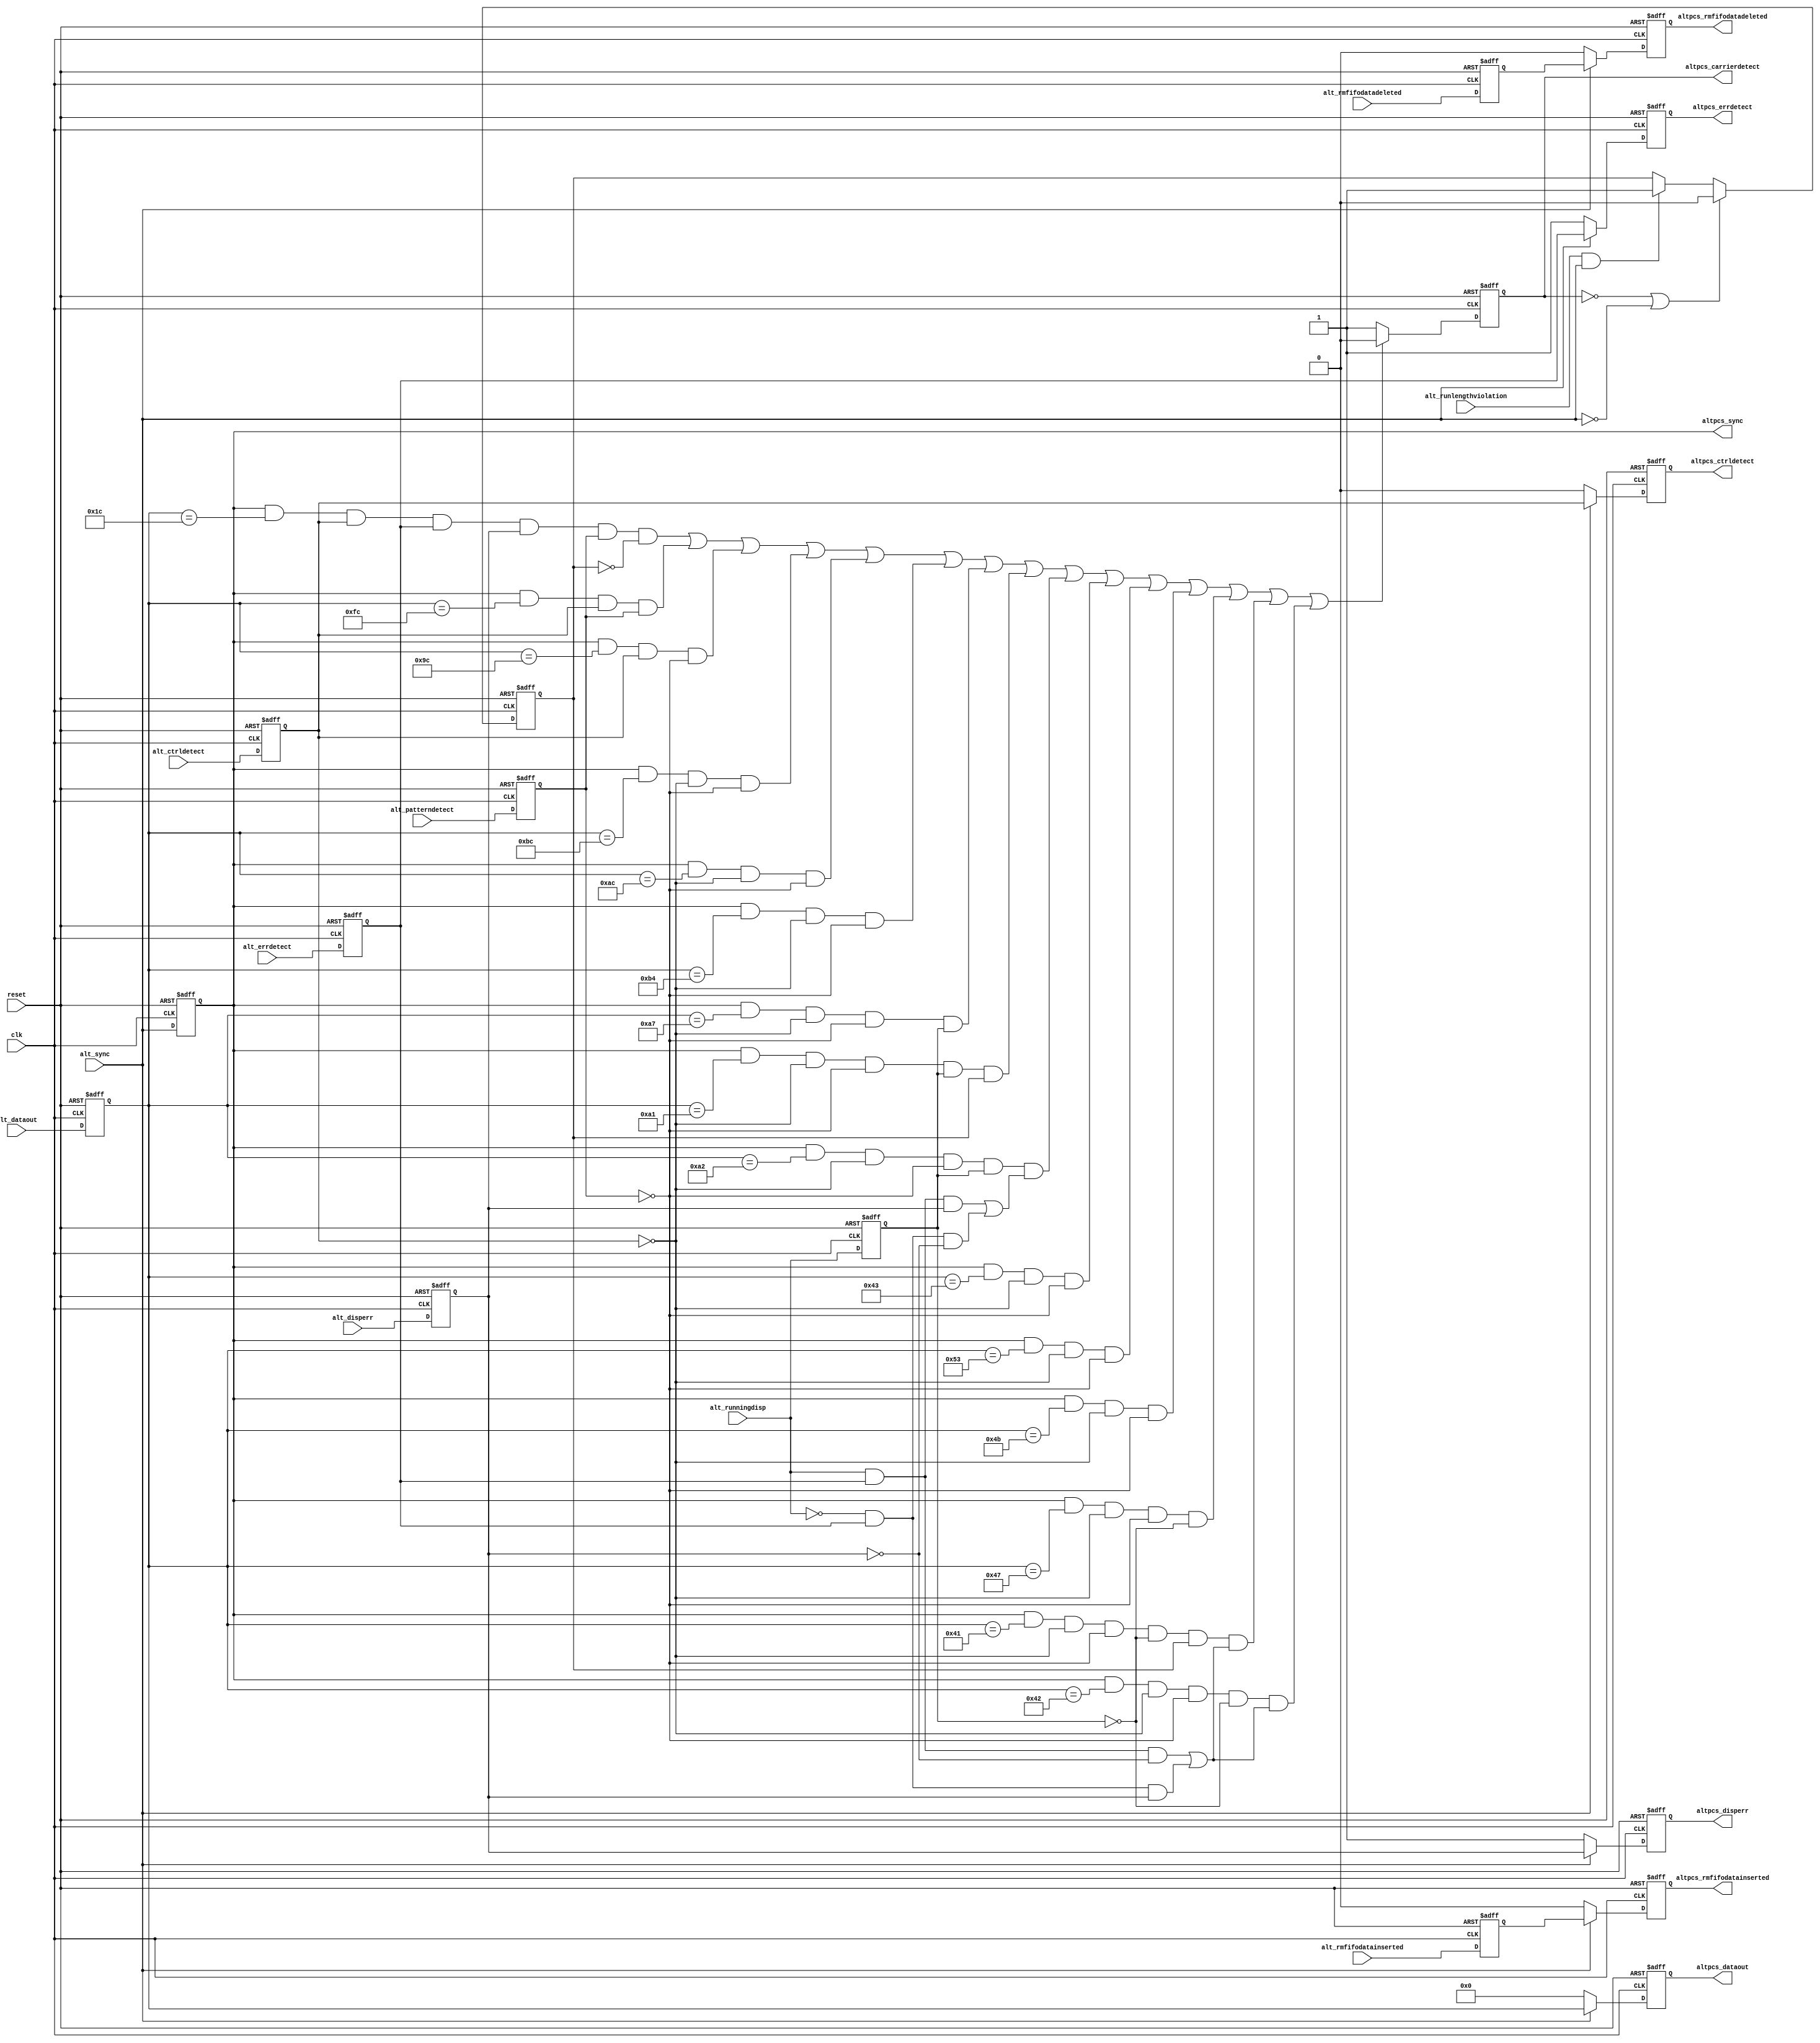
// -------------------------------------------------------------------------
// -------------------------------------------------------------------------
//
// Revision Control Information
//
// $RCSfile: altera_tse_alt2gxb_aligned_rxsync.v,v $
// $Source: /ipbu/cvs/sio/projects/TriSpeedEthernet/src/RTL/strxii_pcs/verilog/altera_tse_alt2gxb_aligned_rxsync.v,v $
//
// $Revision: #2 $
// $Date: 2010/05/26 $
// Check in by : $Author: aishak $
//
// Project     : Triple Speed Ethernet - 1000 BASE-X PCS
//
// Description : 
//
// RX_SYNC alignment for Alt2gxb, Alt4gxb

// 
// ALTERA Confidential and Proprietary
// Copyright 2007 (c) Altera Corporation
// All rights reserved
//
// -------------------------------------------------------------------------
// -------------------------------------------------------------------------

module altera_tse_gxb_aligned_rxsync (

  input clk,
  input reset,

  input [7:0] alt_dataout,
  input alt_sync,
  input alt_disperr,
  input alt_ctrldetect,
  input alt_errdetect,
  input alt_rmfifodatadeleted,
  input alt_rmfifodatainserted,
  input alt_runlengthviolation,
  input alt_patterndetect,
  input alt_runningdisp,

  output reg [7:0] altpcs_dataout,
  output altpcs_sync,
  output reg altpcs_disperr,
  output reg altpcs_ctrldetect,
  output reg altpcs_errdetect,
  output reg altpcs_rmfifodatadeleted,
  output reg altpcs_rmfifodatainserted,
  output reg altpcs_carrierdetect) ;
  parameter DEVICE_FAMILY         = "ARRIAGX";    //  The device family the the core is targetted for. 

  //-------------------------------------------------------------------------------
  // intermediate wires


  //reg altpcs_dataout

  // pipelined 1
  reg [7:0] alt_dataout_reg1;
  reg alt_sync_reg1;
  reg alt_sync_reg2;
  reg alt_disperr_reg1;
  reg alt_ctrldetect_reg1;
  reg alt_errdetect_reg1;
  reg alt_rmfifodatadeleted_reg1;
  reg alt_rmfifodatainserted_reg1;
  reg alt_patterndetect_reg1;
  reg alt_runningdisp_reg1;
  reg alt_runlengthviolation_latched;
  //-------------------------------------------------------------------------------


  always @(posedge reset or posedge clk)
    begin
        if (reset == 1'b1)
            begin
                // pipelined 1
                alt_dataout_reg1            <= 8'h0;
                alt_sync_reg1               <= 1'b0;
                alt_disperr_reg1            <= 1'b0;
                alt_ctrldetect_reg1         <= 1'b0;
                alt_errdetect_reg1          <= 1'b0;
                alt_rmfifodatadeleted_reg1  <= 1'b0;
                alt_rmfifodatainserted_reg1 <= 1'b0;
                alt_patterndetect_reg1      <= 1'b0;
                alt_runningdisp_reg1        <= 1'b0;
            end
        else
            begin
                // pipelined 1
                alt_dataout_reg1            <= alt_dataout;
                alt_sync_reg1               <= alt_sync;
                alt_disperr_reg1            <= alt_disperr;
                alt_ctrldetect_reg1         <= alt_ctrldetect;
                alt_errdetect_reg1          <= alt_errdetect;
                alt_rmfifodatadeleted_reg1  <= alt_rmfifodatadeleted;
                alt_rmfifodatainserted_reg1 <= alt_rmfifodatainserted;
                alt_patterndetect_reg1      <= alt_patterndetect;
                alt_runningdisp_reg1        <= alt_runningdisp;
            end
    
    end 
	
generate if ( DEVICE_FAMILY == "STRATIXIIGX" || DEVICE_FAMILY == "ARRIAGX")
begin          
		always @ (posedge reset or posedge clk)
		begin
		 if (reset == 1'b1)
			begin
				altpcs_dataout              <= 8'h0;
				altpcs_disperr              <= 1'b1;
				altpcs_ctrldetect           <= 1'b0;
				altpcs_errdetect            <= 1'b1;
				altpcs_rmfifodatadeleted    <= 1'b0;
				altpcs_rmfifodatainserted   <= 1'b0;
			end
		 else
			begin
			   if (alt_sync == 1'b1 )
				 begin      
					altpcs_dataout              <= alt_dataout_reg1;
					altpcs_disperr              <= alt_disperr_reg1;
					altpcs_ctrldetect           <= alt_ctrldetect_reg1;
					altpcs_errdetect            <= alt_errdetect_reg1;
					altpcs_rmfifodatadeleted    <= alt_rmfifodatadeleted_reg1;
					altpcs_rmfifodatainserted   <= alt_rmfifodatainserted_reg1;
				 end
			   else
				 begin
					altpcs_dataout              <= 8'h0;
					altpcs_disperr              <= 1'b1;
					altpcs_ctrldetect           <= 1'b0;
					altpcs_errdetect            <= 1'b1;
					altpcs_rmfifodatadeleted    <= 1'b0;
					altpcs_rmfifodatainserted   <= 1'b0;
				 end
			end
		end
		assign altpcs_sync              = alt_sync_reg1;	      
end
else if ( DEVICE_FAMILY == "STRATIXIV" || DEVICE_FAMILY == "ARRIAIIGX" || DEVICE_FAMILY == "CYCLONEIVGX" || DEVICE_FAMILY == "HARDCOPYIV")
begin
	always @ (posedge reset or posedge clk)
    begin
     if (reset == 1'b1)
        begin
            altpcs_dataout              <= 8'h0;
            altpcs_disperr              <= 1'b1;
            altpcs_ctrldetect           <= 1'b0;
            altpcs_errdetect            <= 1'b1;
            altpcs_rmfifodatadeleted    <= 1'b0;
            altpcs_rmfifodatainserted   <= 1'b0;
			alt_sync_reg2               <= 1'b0;
        end
     else
        begin     
                altpcs_dataout              <= alt_dataout_reg1;
                altpcs_disperr              <= alt_disperr_reg1;
                altpcs_ctrldetect           <= alt_ctrldetect_reg1;
                altpcs_errdetect            <= alt_errdetect_reg1;
                altpcs_rmfifodatadeleted    <= alt_rmfifodatadeleted_reg1;
                altpcs_rmfifodatainserted   <= alt_rmfifodatainserted_reg1;
				alt_sync_reg2               <= alt_sync_reg1 ;
        end

    end
	

    assign altpcs_sync              = alt_sync_reg2;
end      
endgenerate




      
   //latched runlength violation assertion for "carrier_detect" signal generation block
   //reset the latch value after carrier_detect goes de-asserted
//   always @ (altpcs_carrierdetect or alt_runlengthviolation or alt_sync_reg1)
//    begin
//       if (altpcs_carrierdetect == 1'b0)
//        begin
//           alt_runlengthviolation_latched <= 1'b0;
//        end 
//       else
//        begin 
//           if (alt_runlengthviolation == 1'b1 & alt_sync_reg1 == 1'b1)
//            begin
//               alt_runlengthviolation_latched <= 1'b1;
//            end
//        end       
//    end
  

//    always @ (posedge reset or posedge clk)
//     begin
//      if (reset == 1'b1)
//         begin
//             alt_runlengthviolation_latched_reg <= 1'b0;
//         end
//      else
//         begin
//             alt_runlengthviolation_latched_reg <= alt_runlengthviolation_latched;
//         end
//     end

    always @ (posedge reset or posedge clk)
     begin
      if (reset == 1'b1)
         begin
             alt_runlengthviolation_latched <= 1'b0;
         end
      else
       begin
           if ((altpcs_carrierdetect == 1'b0) | (alt_sync == 1'b0))
            begin
               alt_runlengthviolation_latched <= 1'b0;
            end 
           else
            begin 
               if ((alt_runlengthviolation == 1'b1) & (alt_sync == 1'b1))
                begin
                   alt_runlengthviolation_latched <= 1'b1;
                end
            end       
       end
     end


   // carrier_detect signal generation
   always @ (posedge reset or posedge clk)
    begin
     if (reset == 1'b1)
        begin
            altpcs_carrierdetect <= 1'b1;
        end
     else
        begin
           if (  (alt_sync_reg1 == 1'b1 & alt_dataout_reg1 == 8'h1C & alt_ctrldetect_reg1 == 1'b1 & alt_errdetect_reg1 == 1'b1  
                    & alt_disperr_reg1 ==1'b1 & alt_patterndetect_reg1 == 1'b1 & alt_runlengthviolation_latched == 1'b0                 ) |
                 (alt_sync_reg1 == 1'b1 & alt_dataout_reg1 == 8'hFC & alt_ctrldetect_reg1 == 1'b1 & alt_patterndetect_reg1 == 1'b1      ) |
                 (alt_sync_reg1 == 1'b1 & alt_dataout_reg1 == 8'h9C & alt_ctrldetect_reg1 == 1'b1 & alt_patterndetect_reg1 == 1'b0      ) |
                 (alt_sync_reg1 == 1'b1 & alt_dataout_reg1 == 8'hBC & alt_ctrldetect_reg1 == 1'b0 & alt_patterndetect_reg1 == 1'b0      ) |
                 (alt_sync_reg1 == 1'b1 & alt_dataout_reg1 == 8'hAC & alt_ctrldetect_reg1 == 1'b0 & alt_patterndetect_reg1 == 1'b0      ) |
                 (alt_sync_reg1 == 1'b1 & alt_dataout_reg1 == 8'hB4 & alt_ctrldetect_reg1 == 1'b0 & alt_patterndetect_reg1 == 1'b0      ) |
                 (alt_sync_reg1 == 1'b1 & alt_dataout_reg1 == 8'hA7 & alt_ctrldetect_reg1 == 1'b0 & alt_patterndetect_reg1 == 1'b0 
                    & alt_runningdisp_reg1 == 1'b1                                                                                      ) |
                 (alt_sync_reg1 == 1'b1 & alt_dataout_reg1 == 8'hA1 & alt_ctrldetect_reg1 == 1'b0 & alt_patterndetect_reg1 == 1'b0 
                    & alt_runningdisp_reg1 == 1'b1 & alt_runlengthviolation_latched == 1'b1                                             ) |
                 (alt_sync_reg1 == 1'b1 & alt_dataout_reg1 == 8'hA2 & alt_ctrldetect_reg1 == 1'b0 & alt_patterndetect_reg1 == 1'b0 
                   & alt_runningdisp_reg1 == 1'b1  
                   & ((alt_runningdisp == 1'b1 & alt_errdetect_reg1 == 1'b1 & alt_disperr_reg1 == 1'b1)|                                                                                
                      (alt_runningdisp == 1'b0 & alt_errdetect_reg1 == 1'b1 & alt_disperr_reg1 == 1'b0 ))                               ) |

                 (alt_sync_reg1 == 1'b1 & alt_dataout_reg1 == 8'h43 & alt_ctrldetect_reg1 == 1'b0 & alt_patterndetect_reg1 == 1'b0      ) |
                 (alt_sync_reg1 == 1'b1 & alt_dataout_reg1 == 8'h53 & alt_ctrldetect_reg1 == 1'b0 & alt_patterndetect_reg1 == 1'b0      ) |
                 (alt_sync_reg1 == 1'b1 & alt_dataout_reg1 == 8'h4B & alt_ctrldetect_reg1 == 1'b0 & alt_patterndetect_reg1 == 1'b0      ) |
                 (alt_sync_reg1 == 1'b1 & alt_dataout_reg1 == 8'h47 & alt_ctrldetect_reg1 == 1'b0 & alt_patterndetect_reg1 == 1'b0
                   & alt_runningdisp_reg1 == 1'b0                                                                                       ) |
                 (alt_sync_reg1 == 1'b1 & alt_dataout_reg1 == 8'h41 & alt_ctrldetect_reg1 == 1'b0 & alt_patterndetect_reg1 == 1'b0
                   & alt_runningdisp_reg1 == 1'b0 & alt_runlengthviolation_latched == 1'b1 
                   & ((alt_runningdisp == 1'b1 & alt_errdetect_reg1 == 1'b1 & alt_disperr_reg1 == 1'b0)|                                                                                
                      (alt_runningdisp == 1'b0 & alt_errdetect_reg1 == 1'b1 & alt_disperr_reg1 == 1'b1 ))                               ) |
                 (alt_sync_reg1 == 1'b1 & alt_dataout_reg1 == 8'h42 & alt_ctrldetect_reg1 == 1'b0 & alt_patterndetect_reg1 == 1'b0
                   & alt_runningdisp_reg1 == 1'b0 & ((alt_runningdisp == 1'b1 & alt_errdetect_reg1 == 1'b1 & alt_disperr_reg1 == 1'b0)|
                                                     (alt_runningdisp == 1'b0 & alt_errdetect_reg1 == 1'b1 & alt_disperr_reg1 == 1'b1)) )  
              )

             begin      
                altpcs_carrierdetect              <= 1'b0;
             end
           else
             begin
                altpcs_carrierdetect              <= 1'b1;
             end
        end

    end




endmodule